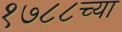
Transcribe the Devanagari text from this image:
१७८८च्या